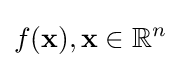
f(\mathbf {x} ),\mathbf {x} \in \mathbb {R} ^{n}